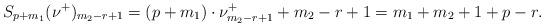
LaTeX: \begin{align*}S_{p+m_1}(\nu^+)_{m_2-r+1}=(p+m_1) \cdot \nu^+_{m_2-r+1}+m_2-r+1=m_1+m_2+1+p-r.\end{align*}